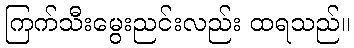
ကြက်သီးမွေးညင်းလည်း ထရသည်။